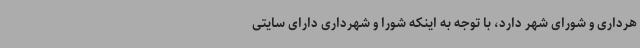
هرداری و شورای شهر دارد، با توجه به اینکه شورا و شهرداری دارای سایتی